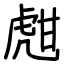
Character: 甝